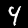
Label: 4